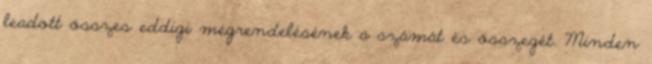
leadott összes eddigi megrendelésének a számát és összegét. Minden